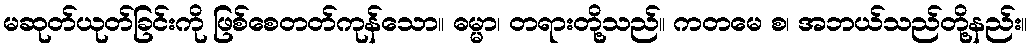
မဆုတ်ယုတ်ခြင်းကို ဖြစ်စေတတ်ကုန်သော။ ဓမ္မာ၊ တရားတို့သည်။ ကတမေ စ၊ အဘယ်သည်တို့နည်း။